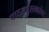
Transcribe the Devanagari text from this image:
पाठयपुस्तकांवर